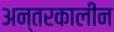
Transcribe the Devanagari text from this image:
अन्तरकालीन